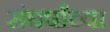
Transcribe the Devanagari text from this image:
संघर्षांच्या